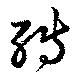
轉